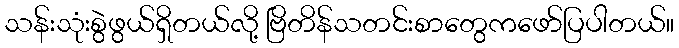
သန်းသုံးစွဲဖွယ်ရှိတယ်လို့ ဗြိတိန်သတင်းစာတွေကဖော်ပြပါတယ်။